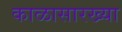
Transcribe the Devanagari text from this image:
काळासारख्या